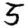
Digit: 5